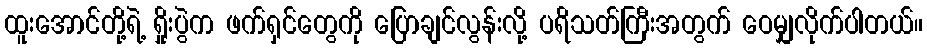
ထူးအောင်တို့ရဲ့ ရှိုးပွဲက ဖက်ရှင်တွေကို ပြောချင်လွန်းလို့ ပရိသတ်ကြီးအတွက် ဝေမျှလိုက်ပါတယ်။